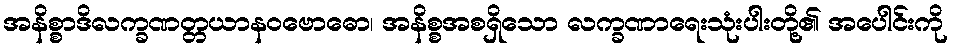
အနိစ္စာဒိလက္ခဏတ္တယာနဝဗောဓော၊ အနိစ္စအစရှိသော လက္ခဏာရေးသုံးပါးတို့၏ အပေါင်းကို